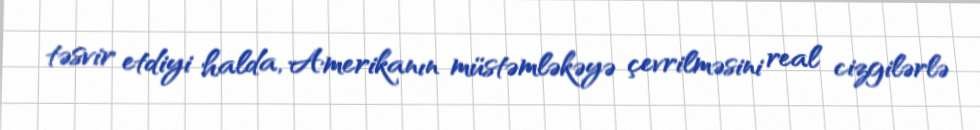
təsvir etdiyi halda, Amerikanın müstəmləkəyə çevrilməsini real cizgilərlə